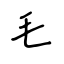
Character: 毛